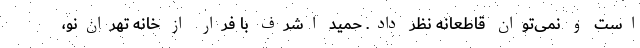
است و نمی‌توان قاطعانه نظر داد. حمید اشرف با فرار از خانه تهران‌نو،